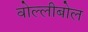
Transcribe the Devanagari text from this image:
वोल्लीबोल